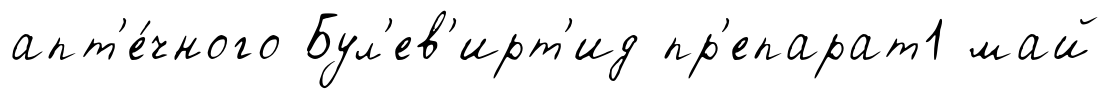
апт'е́чного Бул'ев'ирт'ид пр'епарат1 май